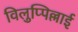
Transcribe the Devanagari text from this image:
विलुप्पिल्लाई